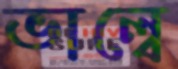
ভাল্বে